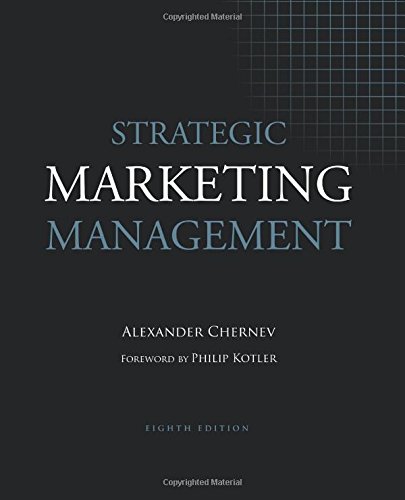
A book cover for Strategic Marketing Management, 8th Edition; Alexander Chernev; Business & Money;